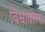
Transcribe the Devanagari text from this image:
विश्वावरेला